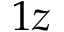
1 z